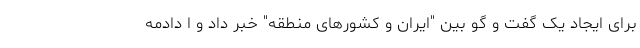
برای ایجاد یک گفت و گو بین "ایران و کشورهای منطقه" خبر داد و ا دادمه